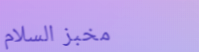
مخبز السلام